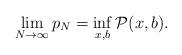
LaTeX: \begin{align*}\lim_{N\rightarrow\infty}p_N=\inf_{x,b}\mathcal{P}(x,b).\end{align*}